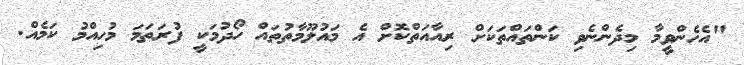
"އެހެންވީމާ މިދެންނެވި ކަންތައްތަކަށް ރިއާއަތްކޮށް އެ މައުލޫމާތުތައް ހޯދުމަކީ ފުރަތަމަ މުހިއްމު ކަމެއް.